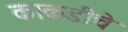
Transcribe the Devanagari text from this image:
काकडीचे